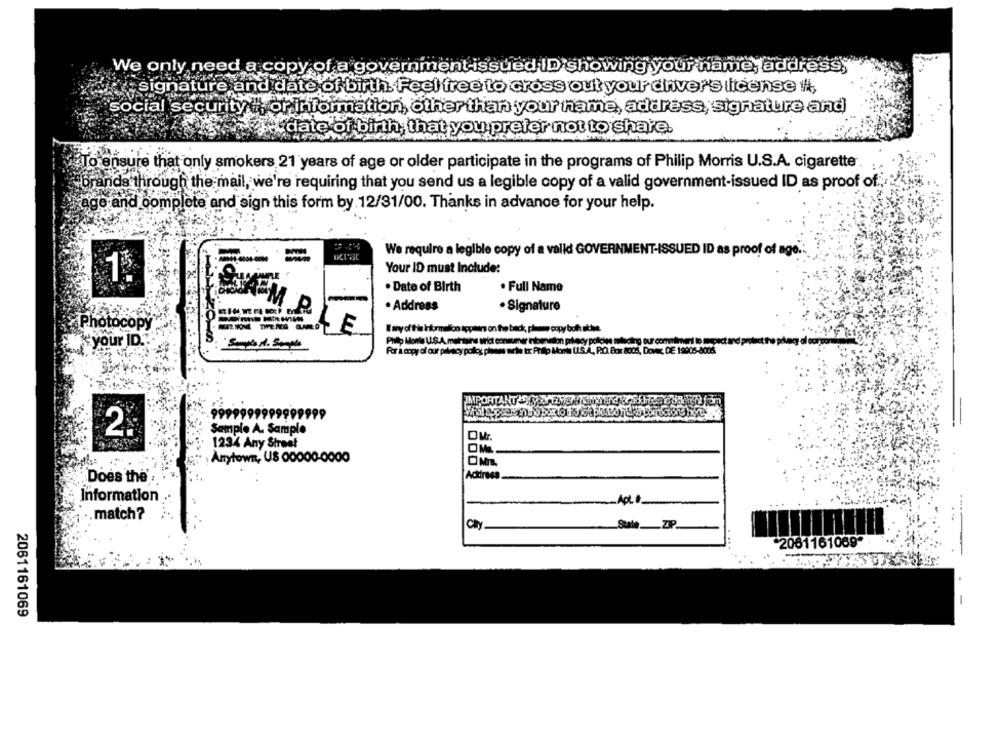
We only need a copy of a government-issued ID showing your name, address,
signature and date of birth. Feel free to cross out your driver's license #,
social security , or information, other than your name, address, signature and
date:
rth
that you prefer not to share.
To ensure that only smokers 21 years of age or older participate in the programs of Philip Morris U.S.A. cigarette.
brands through the mail, we're requiring that you send us a legible copy of a valid government-issued ID as proof of
rage and complete and sign this form by 12/31/00. Thanks in advance for your help.
We require a legible copy of a valid GOVERNMENT-ISSUED ID as proof of age
Your ID must Include:
1.
. Date of Birth
. Full Name
. Address
· Signature
MEZ KOME TITE MG GUARD
Wary of this information topilars on the back, please copy boh allee.
Photocopy
E
your ID."
Philip Morte U.S.A. maltaine urict consumer nicameron privacy polcin selecting our commine
For a copy of our pilescy policy plans werte to Pillo Monte LLS.A ., P.O. Box 8005, Dovec, DE 1990
IMPORTANT
99999999999999
Sample A. Sample
2.
1234 Any Street
OM.
Anytown, US 00000-0000
Does the :
Address
Information
Apt
match?
Caly
Sule ___ ZIP
2061161089
-
2061161069